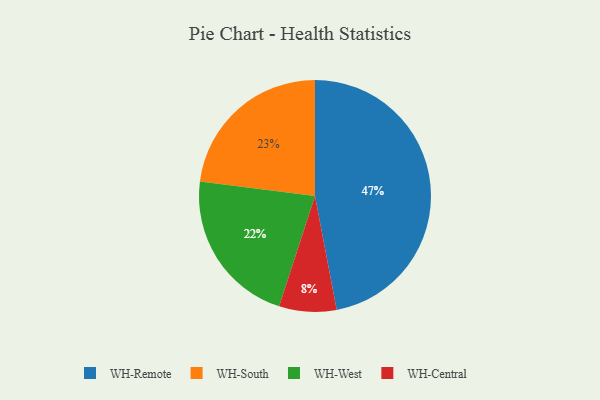
{"axis": {"x": "Category", "y": "Percentage"}, "legend": ["WH-Central", "WH-Remote", "WH-South", "WH-West"], "data": [{"x": "WH-Central", "y": 8, "type": "WH-Central"}, {"x": "WH-Remote", "y": 47, "type": "WH-Remote"}, {"x": "WH-South", "y": 23, "type": "WH-South"}, {"x": "WH-West", "y": 22, "type": "WH-West"}]}